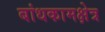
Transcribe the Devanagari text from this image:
बांधकामक्षेत्र